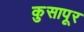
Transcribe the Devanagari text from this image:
कुसापूर